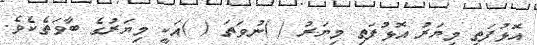
އޮޅުފަތި މިޔަރު އޮޅުފަތި މިޔަރު ( )ނުވަތަ ( )އަކީ މިޔަރުގެ ބާވަތެެކެވެ.